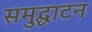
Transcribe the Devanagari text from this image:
समुद्घाटन